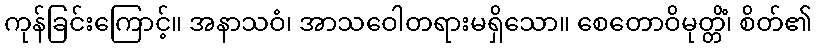
ကုန်ခြင်းကြောင့်။ အနာသဝံ၊ အာသဝေါတရားမရှိသော။ စေတောဝိမုတ္တိံ၊ စိတ်၏